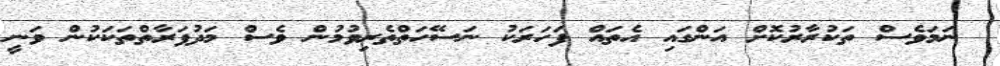
ނަމަވެސް ތަކުރާރުކޮށް އަންގައި އެތައް ފަހަރަކު ނަސޭހަތްތެރިވުމުން ވެސް މަދުފަރާތްތަކަކުން ވަނީ